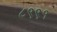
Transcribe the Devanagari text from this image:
८९९१